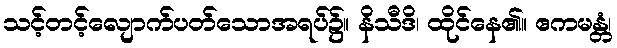
သင့်တင့်လျောက်ပတ်သောအရပ်၌။ နိသီဒိ၊ ထိုင်နေ၏။ ဧကမန္တံ၊